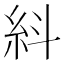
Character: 紏